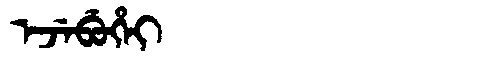
Manchu: ᡝᠵᡝᠪᡠᡥᡝᡳ
Romanization: EJEBUHEI